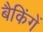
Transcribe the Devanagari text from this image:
बैकिंगें